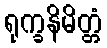
ရုက္ခနိမိတ္တံ